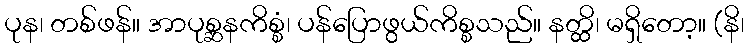
ပုန၊ တစ်ဖန်။ အာပုစ္ဆနကိစ္စံ၊ ပန်ပြောဖွယ်ကိစ္စသည်။ နတ္ထိ၊ မရှိတော့။ (နိ၊